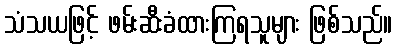
သံသယဖြင့် ဖမ်းဆီးခံထားကြရသူများ ဖြစ်သည်။